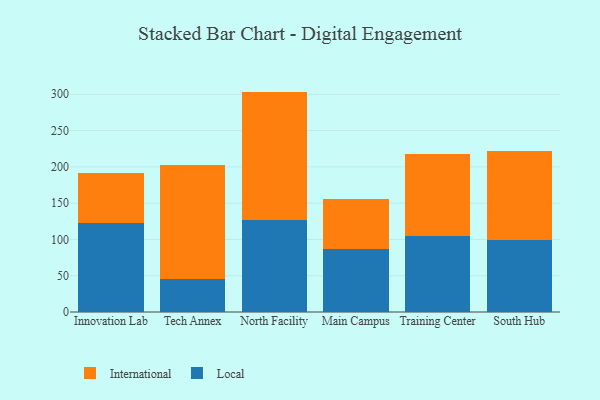
{"axis": {"x": "Campus", "y": "Gross Profit (USD K)"}, "legend": ["International", "Local"], "data": [{"x": "Innovation Lab", "y": 122.0, "type": "Local"}, {"x": "Innovation Lab", "y": 69.2, "type": "International"}, {"x": "Tech Annex", "y": 46.0, "type": "Local"}, {"x": "Tech Annex", "y": 156.3, "type": "International"}, {"x": "North Facility", "y": 126.6, "type": "Local"}, {"x": "North Facility", "y": 177.1, "type": "International"}, {"x": "Main Campus", "y": 87.1, "type": "Local"}, {"x": "Main Campus", "y": 68.0, "type": "International"}, {"x": "Training Center", "y": 104.7, "type": "Local"}, {"x": "Training Center", "y": 112.4, "type": "International"}, {"x": "South Hub", "y": 99.3, "type": "Local"}, {"x": "South Hub", "y": 122.4, "type": "International"}]}